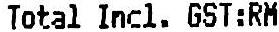
TOTAL INCL. GST:RM